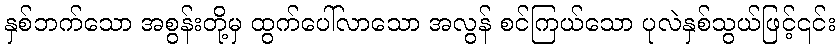
နှစ်ဘက်သော အစွန်းတို့မှ ထွက်ပေါ်လာသော အလွန် စင်ကြယ်သော ပုလဲနှစ်သွယ်ဖြင့်၎င်း